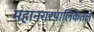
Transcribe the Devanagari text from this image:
महानगरपालिकेतले